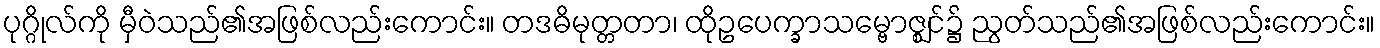
ပုဂ္ဂိုလ်ကို မှီဝဲသည်၏အဖြစ်လည်းကောင်း။ တဒဓိမုတ္တတာ၊ ထိုဥပေက္ခာသမ္ဗောဇ္ဈင်၌ ညွတ်သည်၏အဖြစ်လည်းကောင်း။